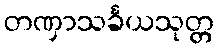
တဏှာသင်္ခယသုတ္တ